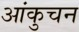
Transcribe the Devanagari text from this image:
आंकुचन